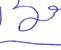
Signature authenticity: forged